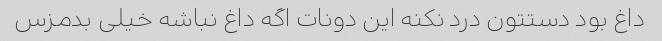
داغ بود دستتون درد نکنه این دونات اگه داغ نباشه خیلی بدمزس